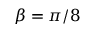
\beta = \pi / 8